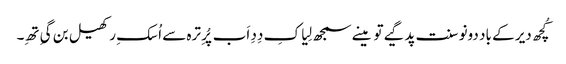
کُچھ دیر کے باد دونو سنت پد گیے تو مینے سمجھ لِیا کِ دِدِ اَب پُرِ ترہ سے اُسکِ رکھیل بن گیِ تھِ۔